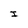
Character: I